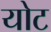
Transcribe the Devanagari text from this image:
योट